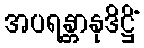
အပရန္တာနုဒိဋ္ဌိံ